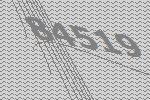
84519